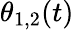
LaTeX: \theta_{1,2}(t)